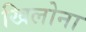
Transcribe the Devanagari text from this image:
खिलोना